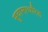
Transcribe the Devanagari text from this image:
सुदामाचरित